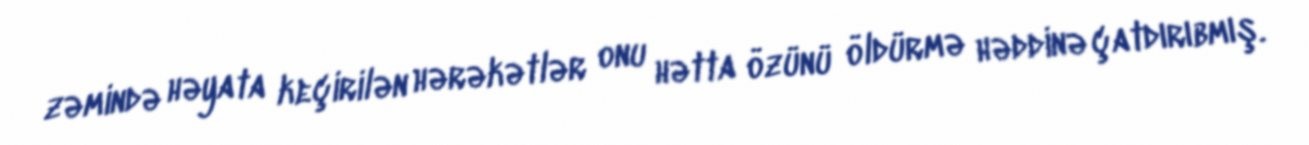
zəmində həyata keçirilən hərəkətlər onu hətta özünü öldürmə həddinə çatdırıbmış.